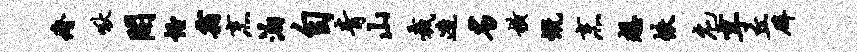
瘠啾开怪霜烹泊自青山裁造劣横慨烹想帙庀享丘辟